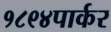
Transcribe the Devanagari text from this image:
१८९४पार्कर